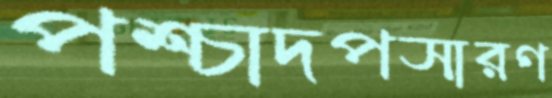
পশ্চাদপসারণ